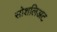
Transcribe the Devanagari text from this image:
सोशलिअट